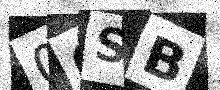
Text: 0QSB